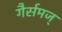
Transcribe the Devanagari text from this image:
गैर्समज्